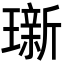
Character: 𬎖